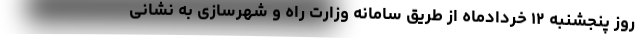
روز پنجشنبه ۱۲ خردادماه از طریق سامانه وزارت راه و شهرسازی به نشانی